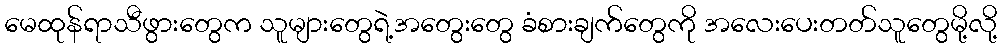
မေထုန်ရာသီဖွားတွေက သူများတွေရဲ့အတွေးတွေ ခံစားချက်တွေကို အလေးပေးတတ်သူတွေမို့လို့